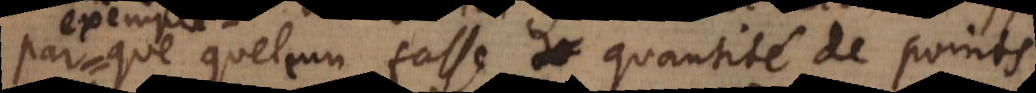
que quelcun fasse quantité de points